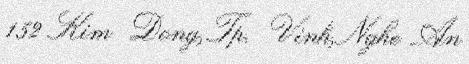
152 Kim Dong, Tp. Vinh, Nghe An